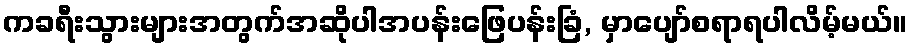
ကခရီးသွားများအတွက်အဆိုပါအပန်းဖြေပန်းခြံ, မှာပျော်စရာရပါလိမ့်မယ်။